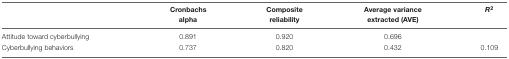
<table><thead><tr><td></td><td><b>Cronbachs alpha</b></td><td><b>Composite reliability</b></td><td><b>Average variance extracted (AVE)</b></td><td><b><i>R<sup>2</sup></i></b></td></tr></thead><tbody><tr><td>Attitude toward cyberbullying</td><td>0.891</td><td>0.920</td><td>0.696</td><td></td></tr><tr><td>Cyberbullying behaviors</td><td>0.737</td><td>0.820</td><td>0.432</td><td>0.109</td></tr></tbody></table>